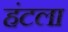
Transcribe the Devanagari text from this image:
हंटला